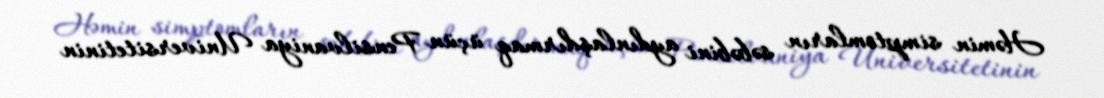
Həmin simptomların səbəbini aydınlaşdırmaq üçün Pensilvaniya Universitetinin